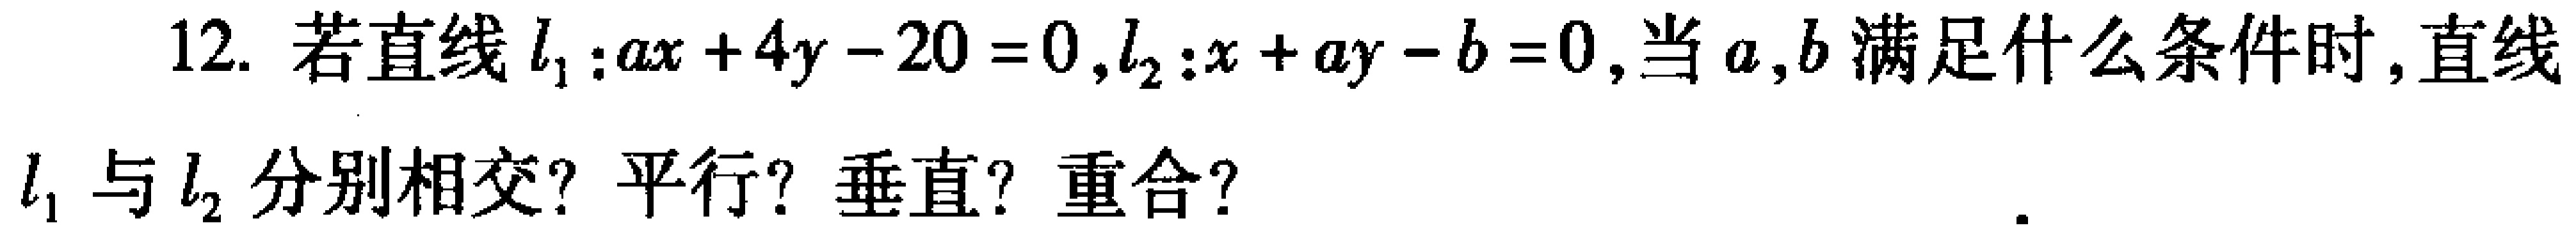
12. 若直线$l_{1}:ax + 4y - 20 = 0$,$l_{2}:x + ay - b = 0$,当$a,b$满足什么条件时,直线$l_{1}$与$l_{2}$分别相交? 平行? 垂直? 重合?